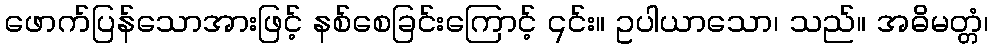
ဖောက်ပြန်သောအားဖြင့် နစ်စေခြင်းကြောင့် ၎င်း။ ဥပါယာသော၊ သည်။ အဓိမတ္တံ၊